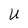
Character: U